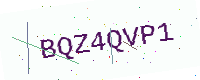
Text: BQZ4QVP1